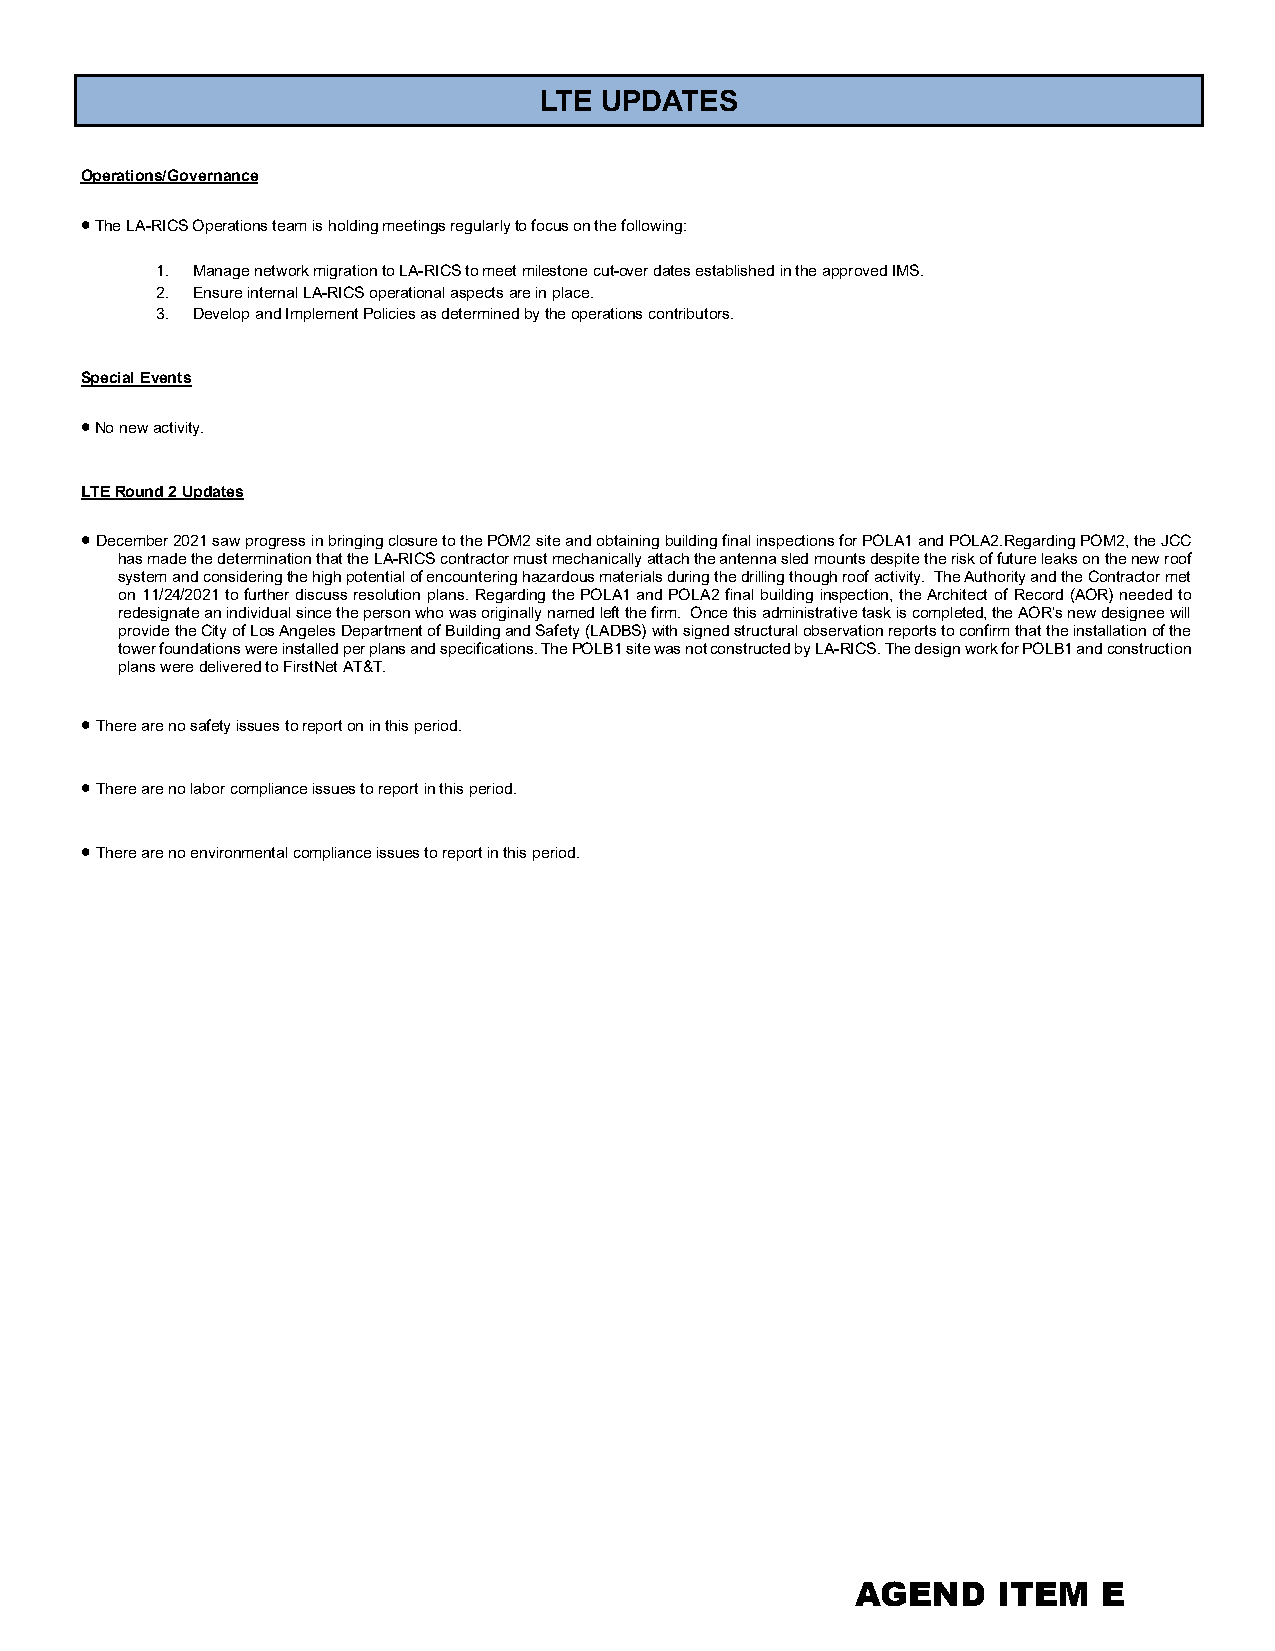
Site/Civil/Closeout
 LTE UPDATES
 Operations/Governance
 • The LA-RICS Operations team is holding meetings regularly to focus on the following:
 1. Manage network migration to LA-RICS to meet milestone cut-over dates established in the approved IMS.
 2. Ensure internal LA-RICS operational aspects are in place.
 3. Develop and Implement Policies as determined by the operations contributors.
 Special Events
 • No new activity.
 LTE Round 2 Updates
 • December 2021 saw progress in bringing closure to the POM2 site and obtaining building final inspections for POLA1 and POLA2.Regarding POM2, the JCC
 has made the determination that the LA-RICS contractor must mechanically attach the antenna sled mounts despite the risk of future leaks on the new roof
 system and considering the high potential of encountering hazardous materials during the drilling though roof activity. The Authority and the Contractor met
 on 11/24/2021 to further discuss resolution plans. Regarding the POLA1 and POLA2 final building inspection, the Architect of Record (AOR) needed to
 redesignate an individual since the person who was originally named left the firm. Once this administrative task is completed, the AOR’s new designee will
 provide the City of Los Angeles Department of Building and Safety (LADBS) with signed structural observation reports to confirm that the installation of the
 tower foundations were installed per plans and specifications. The POLB1 site was not constructed by LA-RICS. The design work for POLB1 and construction
 plans were delivered to FirstNet AT&T.
 • There are no safety issues to report on in this period.
 • There are no labor compliance issues to report in this period.
 • There are no environmental compliance issues to report in this period.
 AGEND    ITEM   E